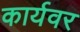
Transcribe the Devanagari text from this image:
कार्यवर